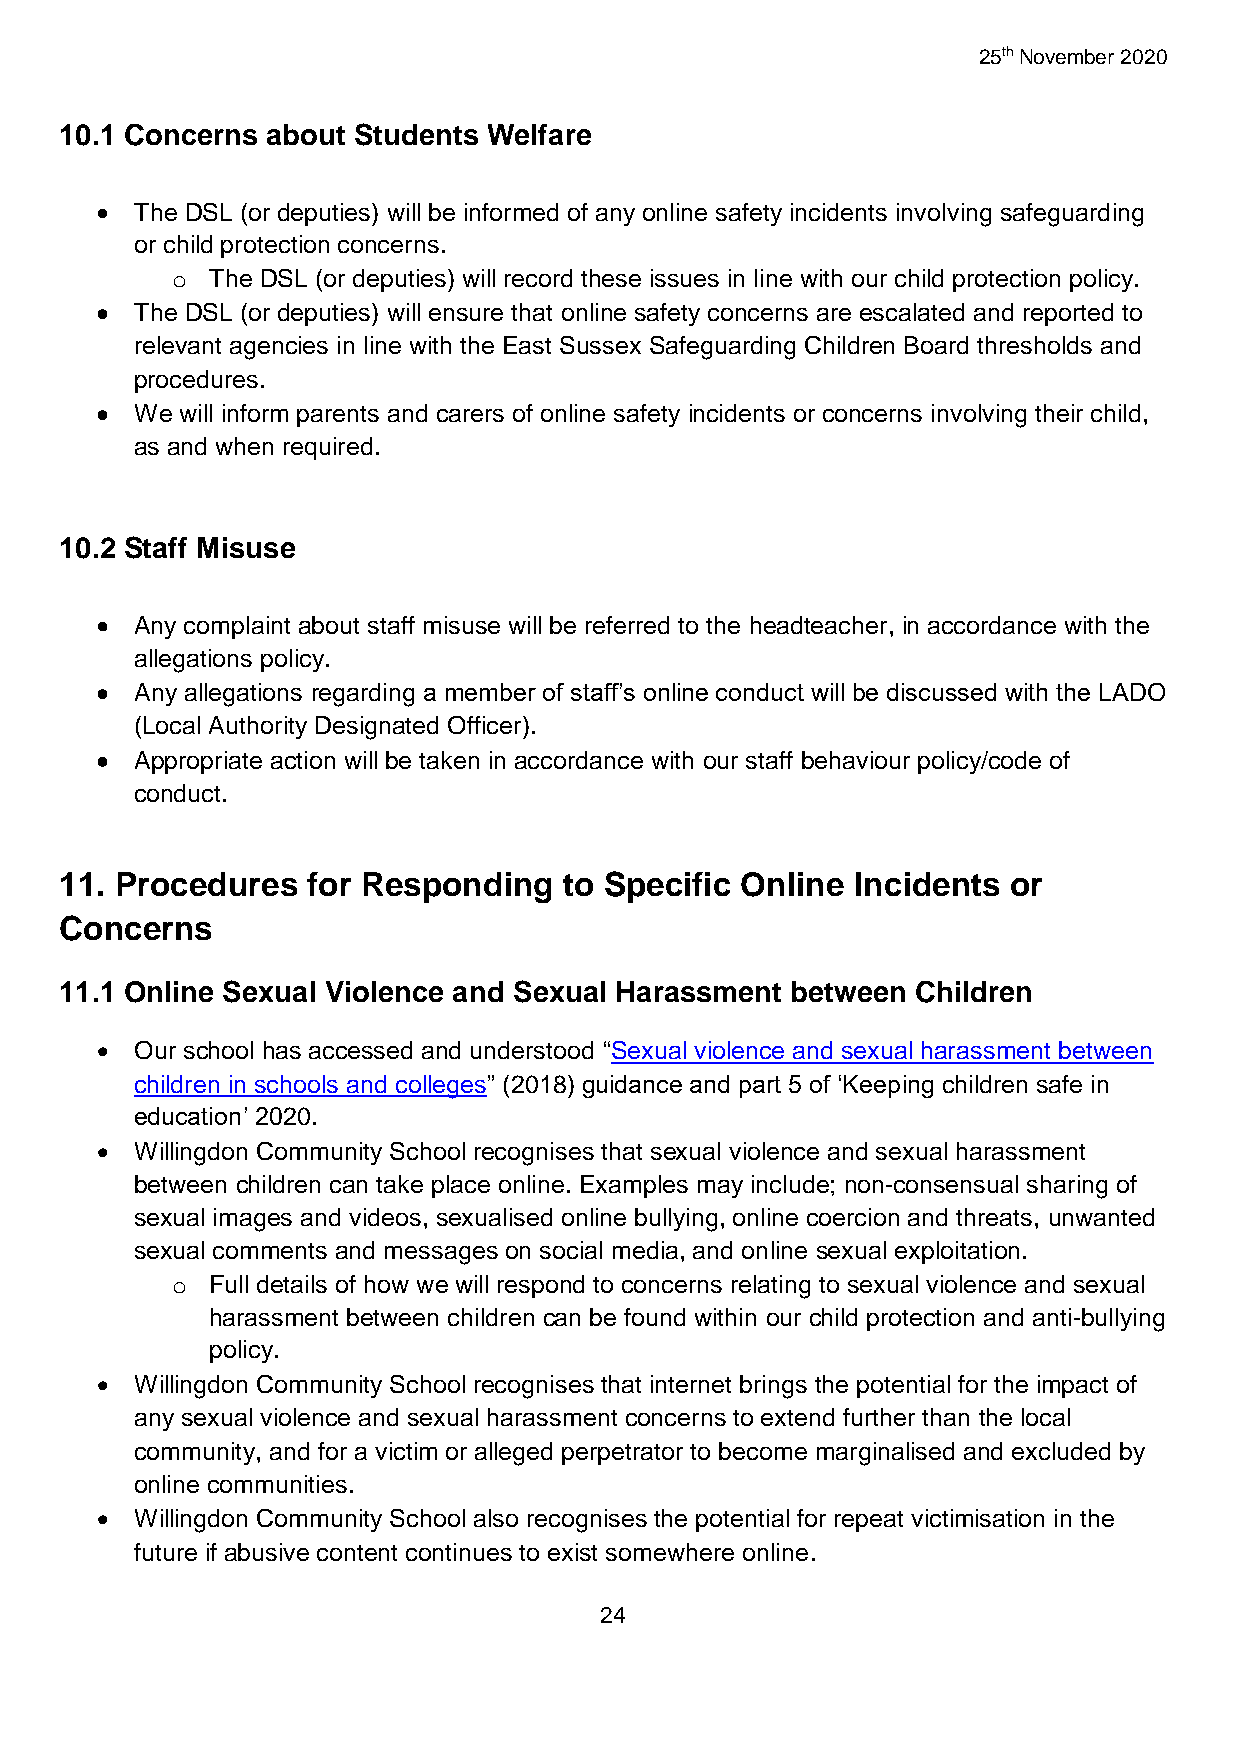
25th November 2020
 10.1 Concerns about Students Welfare
   The DSL (or deputies) will be informed of any online safety incidents involving safeguarding
 or child protection concerns.
 o  The DSL (or deputies) will record these issues in line with our child protection policy.
   The DSL (or deputies) will ensure that online safety concerns are escalated and reported to
 relevant agencies in line with the East Sussex Safeguarding Children Board thresholds and
 procedures.
   We will inform parents and carers of online safety incidents or concerns involving their child,
 as and when required.
 10.2 Staff Misuse
   Any complaint about staff misuse will be referred to the headteacher, in accordance with the
 allegations policy.
   Any allegations regarding a member of staff’s online conduct will be discussed with the LADO
 (Local Authority Designated Officer).
   Appropriate action will be taken in accordance with our staff behaviour policy/code of
 conduct.
 11. Procedures  for Responding   to Specific Online  Incidents or
 Concerns
 11.1 Online Sexual Violence and Sexual Harassment between Children
   Our school has accessed and understood “Sexual violence and sexual harassment between
 children in schools and colleges” (2018) guidance and part 5 of ‘Keeping children safe in
 education’ 2020.
   Willingdon Community School recognises that sexual violence and sexual harassment
 between children can take place online. Examples may include; non-consensual sharing of
 sexual images and videos, sexualised online bullying, online coercion and threats, unwanted
 sexual comments and messages on social media, and online sexual exploitation.
 o  Full details of how we will respond to concerns relating to sexual violence and sexual
 harassment between children can be found within our child protection and anti-bullying
 policy.
   Willingdon Community School recognises that internet brings the potential for the impact of
 any sexual violence and sexual harassment concerns to extend further than the local
 community, and for a victim or alleged perpetrator to become marginalised and excluded by
 online communities.
   Willingdon Community School also recognises the potential for repeat victimisation in the
 future if abusive content continues to exist somewhere online.
 24